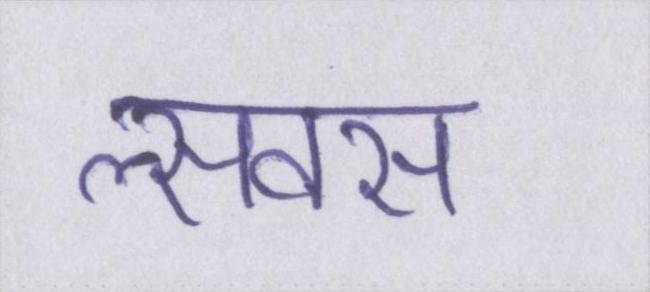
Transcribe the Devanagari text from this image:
सॢवस